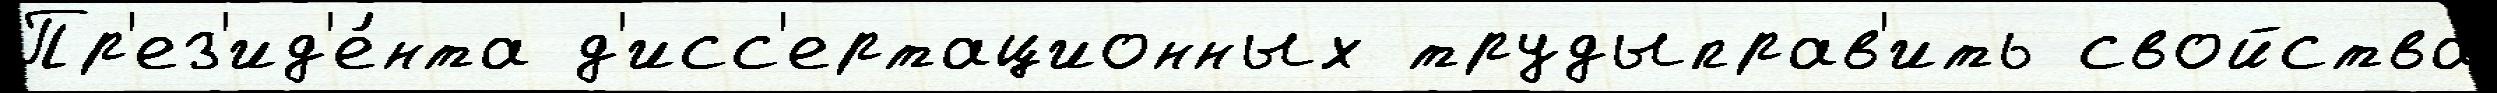
Пр'ез'ид'е́нта д'исс'ертационных трудыправ'ить свойства